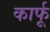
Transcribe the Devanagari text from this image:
कार्फू